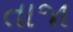
તાજા